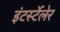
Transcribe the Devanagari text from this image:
इंटर्स्टेलेर